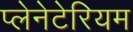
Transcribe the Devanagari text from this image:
प्‍लेनेटेरियम